Annual administration report of the Civil Veterinary Department of India - 1905-1906
Year: 1905
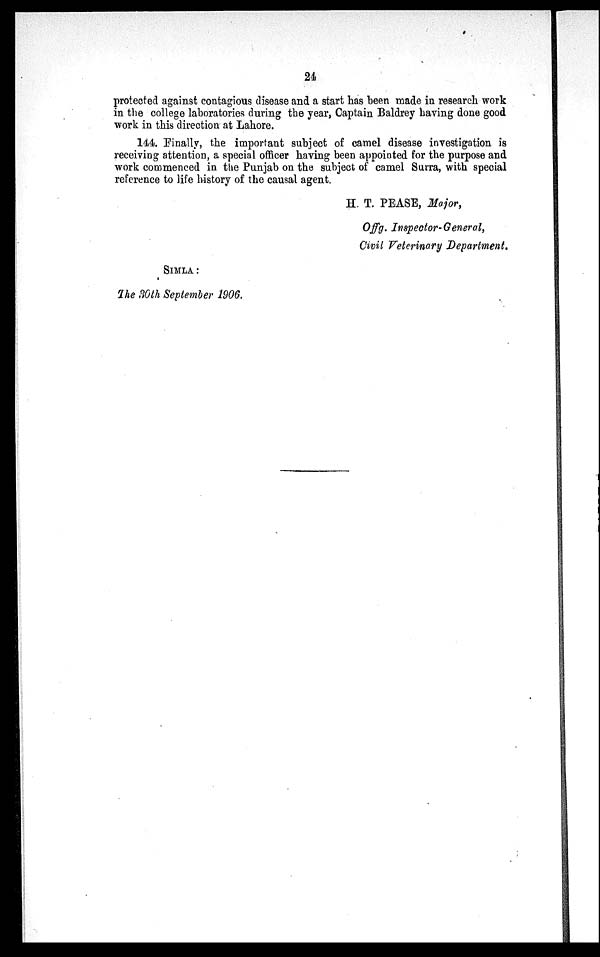
24
protected against contagious disease and a start has been made in research work
in the college laboratories during the year, Captain Baldrey having done good
work in this direction at Lahore.
144. Finally, the important subject of camel disease investigation is
receiving attention, a special officer having been appointed for the purpose and
work commenced in the Punjab on the subject of camel Surra, with special
reference to life history of the causal agent.
H. T. PEASE, Major,
Offg. Inspector-General,
Civil Veterinary Department.
SIMLA :
The 30th September 1906.